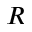
\boldsymbol { R }